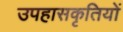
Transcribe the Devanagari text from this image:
उपहासकृतियों